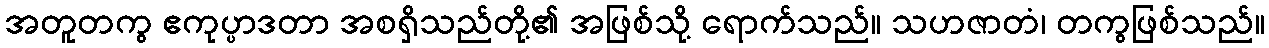
အတူတကွ ဧကုပ္ပာဒတာ အစရှိသည်တို့၏ အဖြစ်သို့ ရောက်သည်။ သဟဇာတံ၊ တကွဖြစ်သည်။